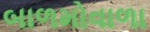
બાળમોવાળા